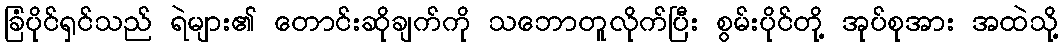
ခြံပိုင်ရှင်သည် ရဲများ၏ တောင်းဆိုချက်ကို သဘောတူလိုက်ပြီး စွမ်းပိုင်တို့ အုပ်စုအား အထဲသို့